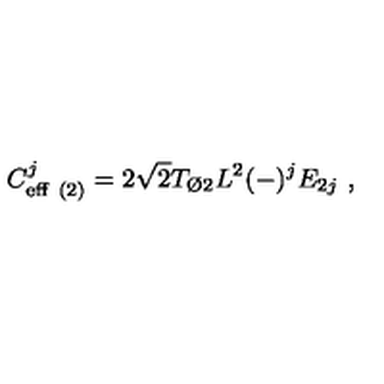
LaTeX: C _ { \mathrm { e f f } \ ( 2 ) } ^ { j } = 2 \sqrt { 2 } T _ { { \O } 2 } L ^ { 2 } ( - ) ^ { j } E _ { 2 j } \ ,